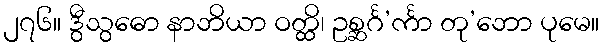
၂၇၆။ ဒွီသွဓော နာဘိယာ ဝတ္ထိ၊ ဥစ္ဆင်္ဂ’င်္ကာ တု’ဘော ပုမေ။